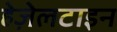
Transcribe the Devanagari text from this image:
हेज़ेलटाइन